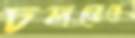
চলতেছে